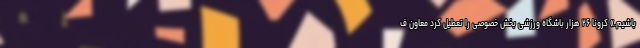
باشیم.» کرونا ۲۶ هزار باشگاه ورزشی بخش خصوصی را تعطیل کرد معاون ف